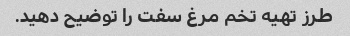
طرز تهیه تخم مرغ سفت را توضیح دهید.